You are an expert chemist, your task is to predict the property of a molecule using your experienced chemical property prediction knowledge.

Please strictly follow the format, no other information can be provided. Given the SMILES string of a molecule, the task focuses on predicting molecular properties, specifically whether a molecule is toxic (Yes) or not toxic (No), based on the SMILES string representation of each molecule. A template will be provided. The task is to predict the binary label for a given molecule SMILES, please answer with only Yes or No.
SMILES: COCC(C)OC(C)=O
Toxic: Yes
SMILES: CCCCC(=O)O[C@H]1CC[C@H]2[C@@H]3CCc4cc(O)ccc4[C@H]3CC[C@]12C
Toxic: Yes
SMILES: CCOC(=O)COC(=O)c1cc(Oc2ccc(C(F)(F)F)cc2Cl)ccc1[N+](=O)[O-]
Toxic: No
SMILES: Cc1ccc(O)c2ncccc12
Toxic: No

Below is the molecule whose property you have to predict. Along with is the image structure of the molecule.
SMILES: CN1CCN(CC(=O)N2c3ccccc3C(=O)Nc3cccnc32)CC1
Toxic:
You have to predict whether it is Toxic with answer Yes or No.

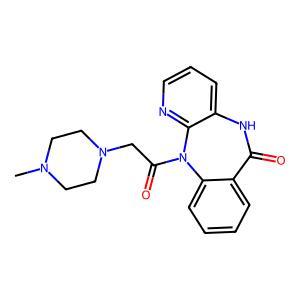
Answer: No